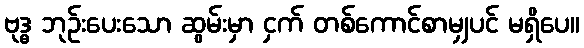
ဗုဒ္ဓ ဘုဉ်းပေးသော ဆွမ်းမှာ ငှက် တစ်ကောင်စာမျှပင် မရှိပေ။